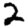
Digit: 2